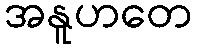
အနူဟတေ